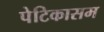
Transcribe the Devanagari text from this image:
पेटिकासम